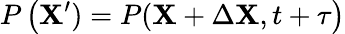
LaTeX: P\left(\mathbf{X^{\prime}})=P(\mathbf{X}+\Delta\mathbf{X},t+\tau\right)